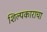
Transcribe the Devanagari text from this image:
शिल्पकाराचा